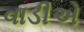
વાડીએ